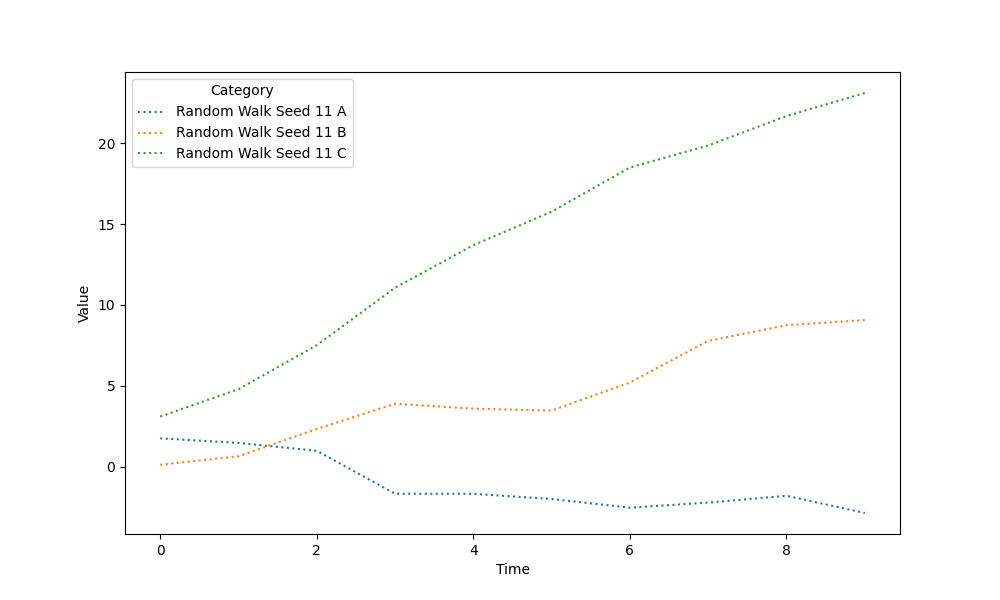
python, seaborn, lineplot, style='dotted', marker='None'